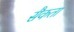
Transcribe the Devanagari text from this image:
सैकता